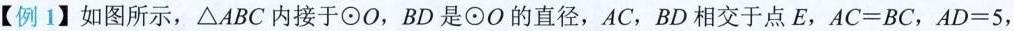
【例1】如图所示，△ABC内接于⊙O，BD是⊙O的直径，AC，BD相交于点E，AC=BC，AD=5，